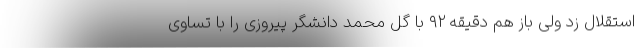
استقلال زد ولی باز هم دقیقه ۹۲ با گل محمد دانشگر پیروزی را با تساوی